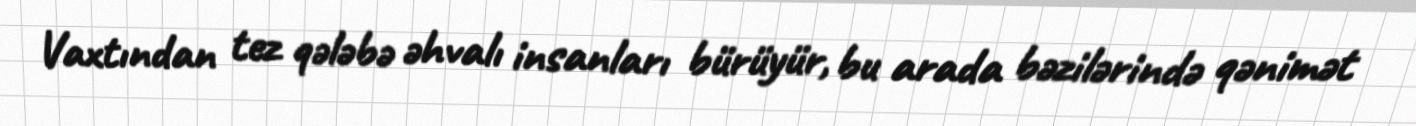
Vaxtından tez qələbə əhvalı insanları bürüyür, bu arada bəzilərində qənimət